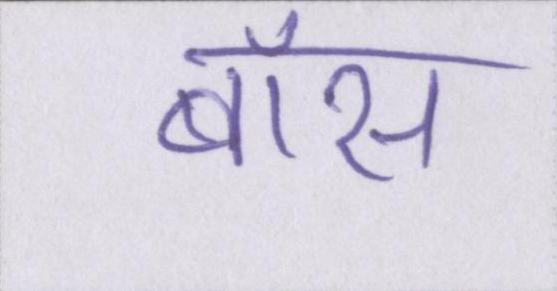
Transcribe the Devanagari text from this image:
बॉस